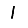
Digit: 1